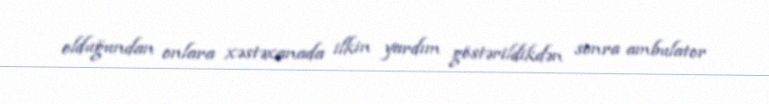
olduğundan onlara xəstəxanada ilkin yardım göstərildikdən sonra ambulator